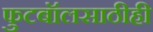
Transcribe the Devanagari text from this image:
फुटबॉलसाठीही